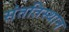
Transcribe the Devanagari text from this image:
संततिस्थान